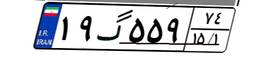
۱۹گ۵۵۹۷۴